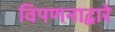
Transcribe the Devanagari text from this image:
विपणनाद्वारे